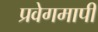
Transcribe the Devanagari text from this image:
प्रवेगमापी